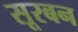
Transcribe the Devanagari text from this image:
सूरबन